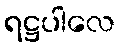
ရဋ္ဌပါလေ